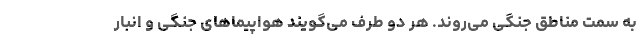
به سمت مناطق جنگی می‌روند. هر دو طرف می‌گویند هواپیماهای جنگی و انبار